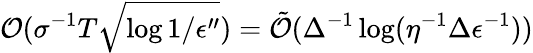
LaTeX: \mathcal{O}(\sigma^{-1}T\sqrt{\log{1/\epsilon^{\prime\prime}}})=\tilde{\mathcal{O}}(\Delta^{-1}\log(\eta^{-1}\Delta\epsilon^{-1}))